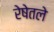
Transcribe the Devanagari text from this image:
रेषेतले